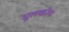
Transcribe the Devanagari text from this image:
मूलकीय